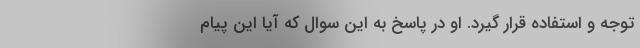
توجه و استفاده قرار گیرد. او در پاسخ به این سوال که آیا این پیام